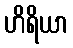
ဟိရိယာ